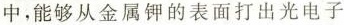
中，能够从金属钾的表面打出光电子